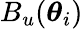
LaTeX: B_{u}(\boldsymbol\theta_{i})